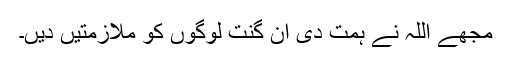
مجھے اللہ نے ہمت دی ان گنت لوگوں کو ملازمتیں دیں۔